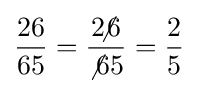
{\frac {26}{65}}={\frac {2\!\!\!\not 6}{\not 65}}={\frac {2}{5}}